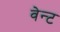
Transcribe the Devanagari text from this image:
वेन्ट